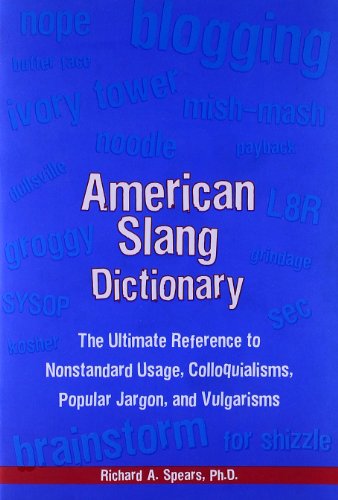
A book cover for American Slang Dictionary, Fourth Edition (McGraw-Hill ESL References); Richard Spears; Reference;